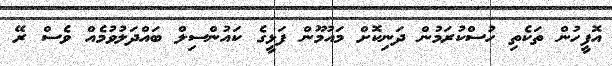
އޮފީހުން ތަކެތި ހުސްކުރަމުން ދަނިކޮށް މައުމޫން ފަޅީގެ ކައުންސިލް ބައްދަލުވުމެއް ވެސް ރޭ